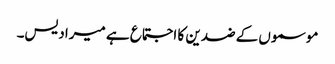
موسموں کے ضدین کا اجتماع ہے میرا دیس۔